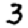
Digit: 3